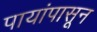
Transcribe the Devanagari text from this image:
पायांपासून